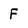
Character: F